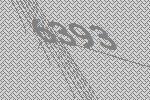
6393